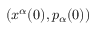
( x ^ { \alpha } ( 0 ) , p _ { \alpha } ( 0 ) )